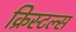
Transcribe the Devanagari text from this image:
क्रिस्टल्स